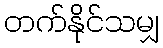
တက်နိုင်သမျှ